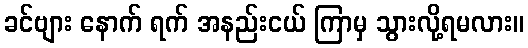
ခင်ဗျား နောက် ရက် အနည်းငယ် ကြာမှ သွားလို့ရမလား။